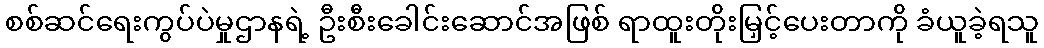
စစ်ဆင်ရေးကွပ်ပဲမှုဌာနရဲ့ ဦးစီးခေါင်းဆောင်အဖြစ် ရာထူးတိုးမြှင့်ပေးတာကို ခံယူခဲ့ရသူ